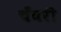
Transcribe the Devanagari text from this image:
चँवरी